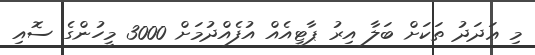
މި ޢަދަދު ތަކަށް ބަލާ އިރު ޕާޓީއެއް އުފެއްދުމަށް 3000 މީހުންގެ ސޮއި